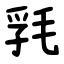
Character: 㲗